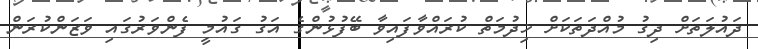
ދައުލަތަށް ދިގު މުއްދަތަކަށް ޚިދުމަތް ކުރައްވާފައިވާ ބޭފުޅުންގެ އަގު ގައުމީ ފެންވަރުގައި ވަޒަންކުރަން